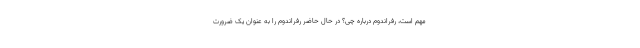
مهم است، رفراندوم درباره چی؟ در حال حاضر رفراندوم را به عنوان یک ضرورت